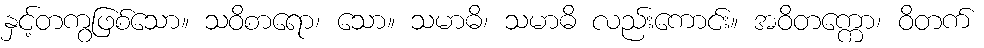
နှင့်တကွဖြစ်သော။ သဝိစာရော၊ သော။ သမာဓိ၊ သမာဓိ လည်းကောင်း။ အဝိတက္ကော၊ ဝိတက်